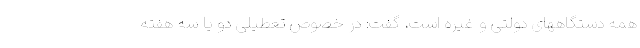
همه دستگاههای دولتی و غیره است، گفت: در خصوص تعطیلی دو یا سه هفته